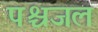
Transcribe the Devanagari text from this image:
पश्चजल